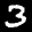
Label: 3